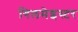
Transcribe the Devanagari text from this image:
गिलमेइस्टर